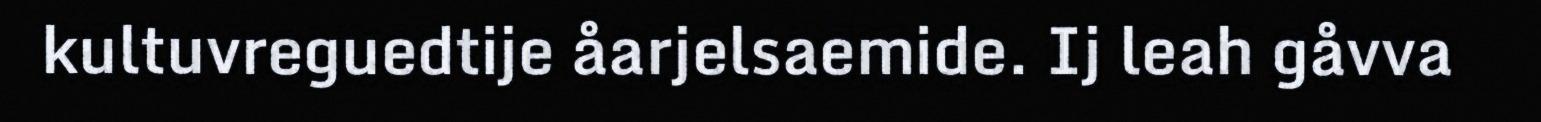
kultuvreguedtije åarjelsaemide. Ij leah gåvva